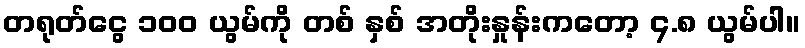
တရုတ်ငွေ ၁၀၀ ယွမ်ကို တစ် နှစ် အတိုးနှုန်းကတော့ ၄.၈ ယွမ်ပါ။